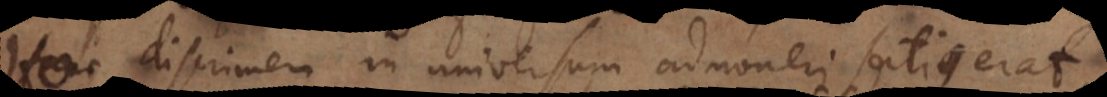
Hoc discrimen in universum admoneri satius erat